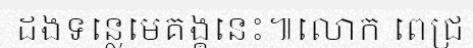
ដងទន្លេមេគង្គនេះ៕លោក ពេជ្រ